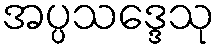
အပ္ပသဒ္ဒေသု